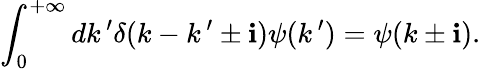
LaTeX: \int_{0}^{+\infty}dk\, ^{\prime}\delta(k-k\, ^{\prime}\pm\mathbf{i})\psi(k\, ^{\prime})=\psi(k\pm\mathbf{i}).